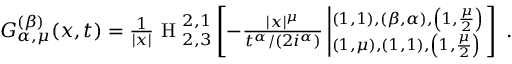
\begin{array} { r } { { \cal { G } } _ { \alpha , \mu } ^ { ( \beta ) } ( x , t ) = \frac { 1 } { | x | } { \mathrm { ~ H ~ } } _ { 2 , 3 } ^ { 2 , 1 } \left[ - \frac { | x | ^ { \mu } } { t ^ { \alpha } / ( 2 i ^ { \alpha } ) } \left| ^ { \left( 1 , 1 \right) , \left( \beta , \alpha \right) , \left( 1 , \frac { \mu } { 2 } \right) } _ { \left( 1 , \mu \right) , \left( 1 , 1 \right) , \left( 1 , \frac { \mu } { 2 } \right) } \right. \right] \; . } \end{array}